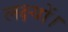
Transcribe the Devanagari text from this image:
लक्ष्यों।